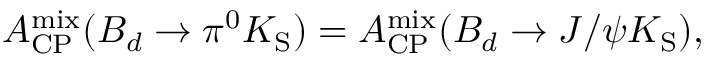
{ \cal A } _ { \mathrm { C P } } ^ { \mathrm { m i x } } ( B _ { d } \to \pi ^ { 0 } K _ { \mathrm { S } } ) = { \cal A } _ { \mathrm { C P } } ^ { \mathrm { m i x } } ( B _ { d } \to J / \psi K _ { \mathrm { S } } ) ,